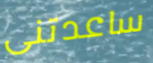
ساعدتنى